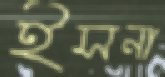
ইসনা